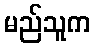
မည်သူက